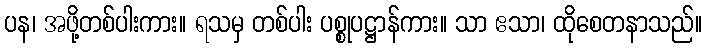
ပန၊ အဖို့တစ်ပါးကား။ ရသမှ တစ်ပါး ပစ္စုပဋ္ဌာန်ကား။ သာ ဧသာ၊ ထိုစေတနာသည်။